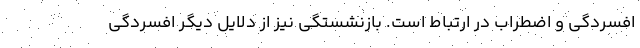
افسردگی و اضطراب در ارتباط است. بازنشستگی نیز از دلایل دیگر افسردگی